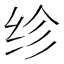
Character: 𬘝